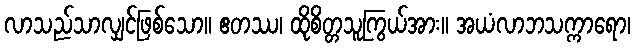
လာသည်သာလျှင်ဖြစ်သော။ ဧတဿ၊ ထိုစိတ္တသူကြွယ်အား။ အယံလာဘသက္ကာရော၊